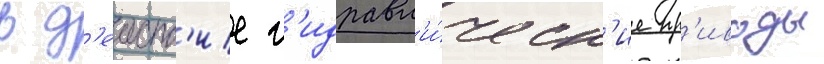
в д'еиств'ие г'идравл'и́ческ'ие пр'иводы